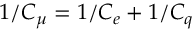
1 / C _ { \mu } = 1 / C _ { e } + 1 / C _ { q }